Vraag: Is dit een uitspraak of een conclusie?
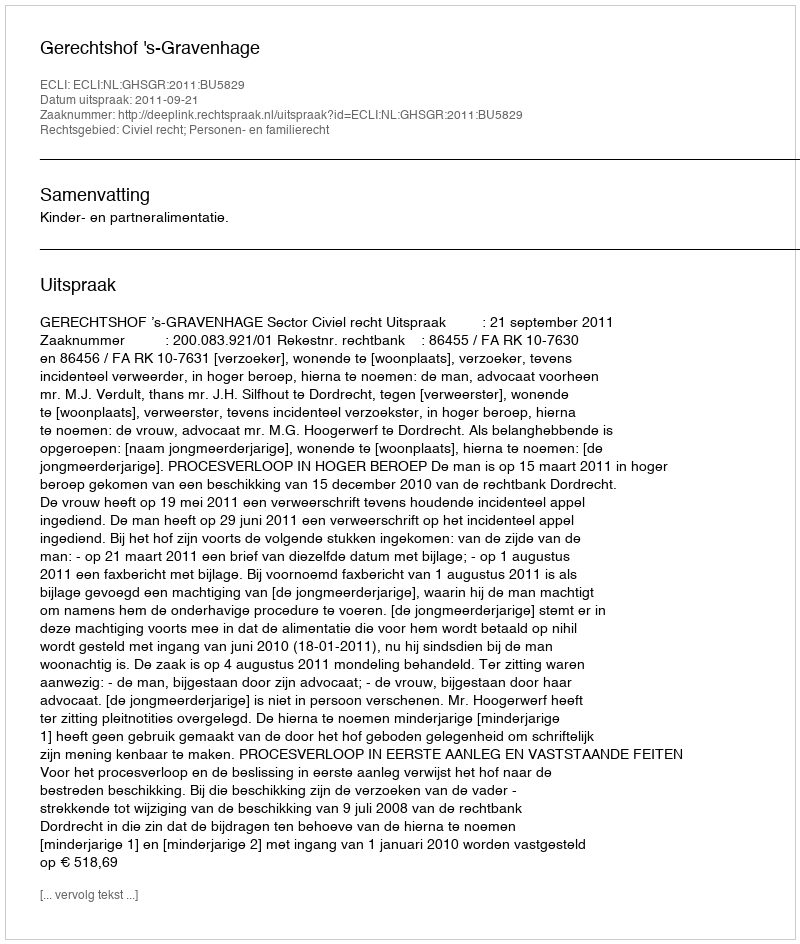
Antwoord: Uitspraak